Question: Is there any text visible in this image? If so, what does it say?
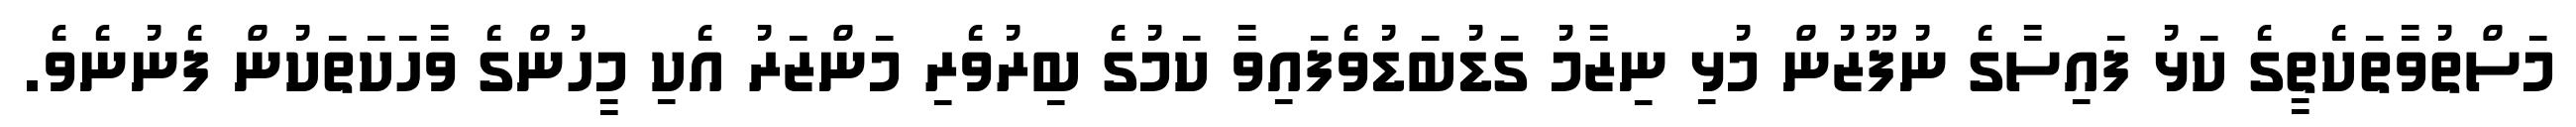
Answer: މަސްތުވާތަކެތީގެ ކަޅު ފައިސާގެ ނުފޫޒުން މުޅި ނިޒާމު ގަޑުބަޑުވެފައިވާ ކަމުގެ ބިރުވެރި މަންޒަރު އެކި މީހުންގެ ވާހަކަތަކުން ފެނުނެވެ.